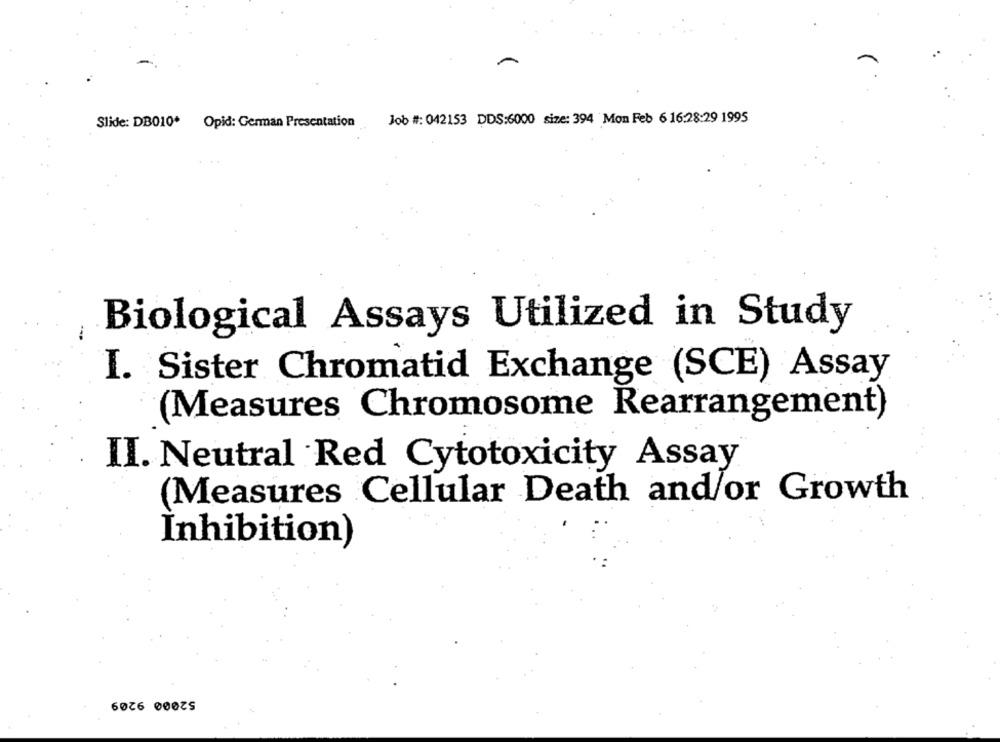
Slide: DB010. Opid: German Presentation
Job #: 042153 DDS:6000 size: 394 Mon Feb 6 16:28:29 1995
Biological Assays Utilized in Study
I. Sister Chromatid Exchange (SCE) Assay
(Measures Chromosome Rearrangement)
II. Neutral Red Cytotoxicity Assay
(Measures Cellular Death and/or Growth
Inhibition)